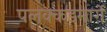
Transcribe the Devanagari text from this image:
पलक्कडमार्गे